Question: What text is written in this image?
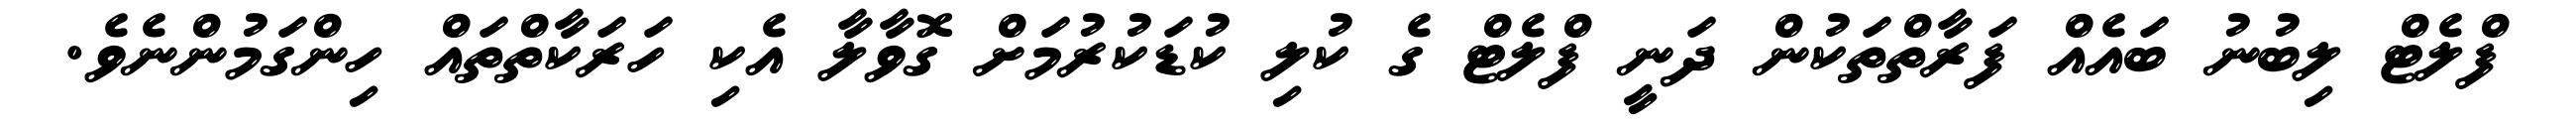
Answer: ފްލެޓް ލިބުނު ބައެއް ފަރާތްތަކުން ދަނީ ފްލެޓް ގެ ކުލި ކުޑަކުރުމަށް ގޮވާލާ އެކި ހަރަކާތްތައް ހިންގަމުންނެވެ.